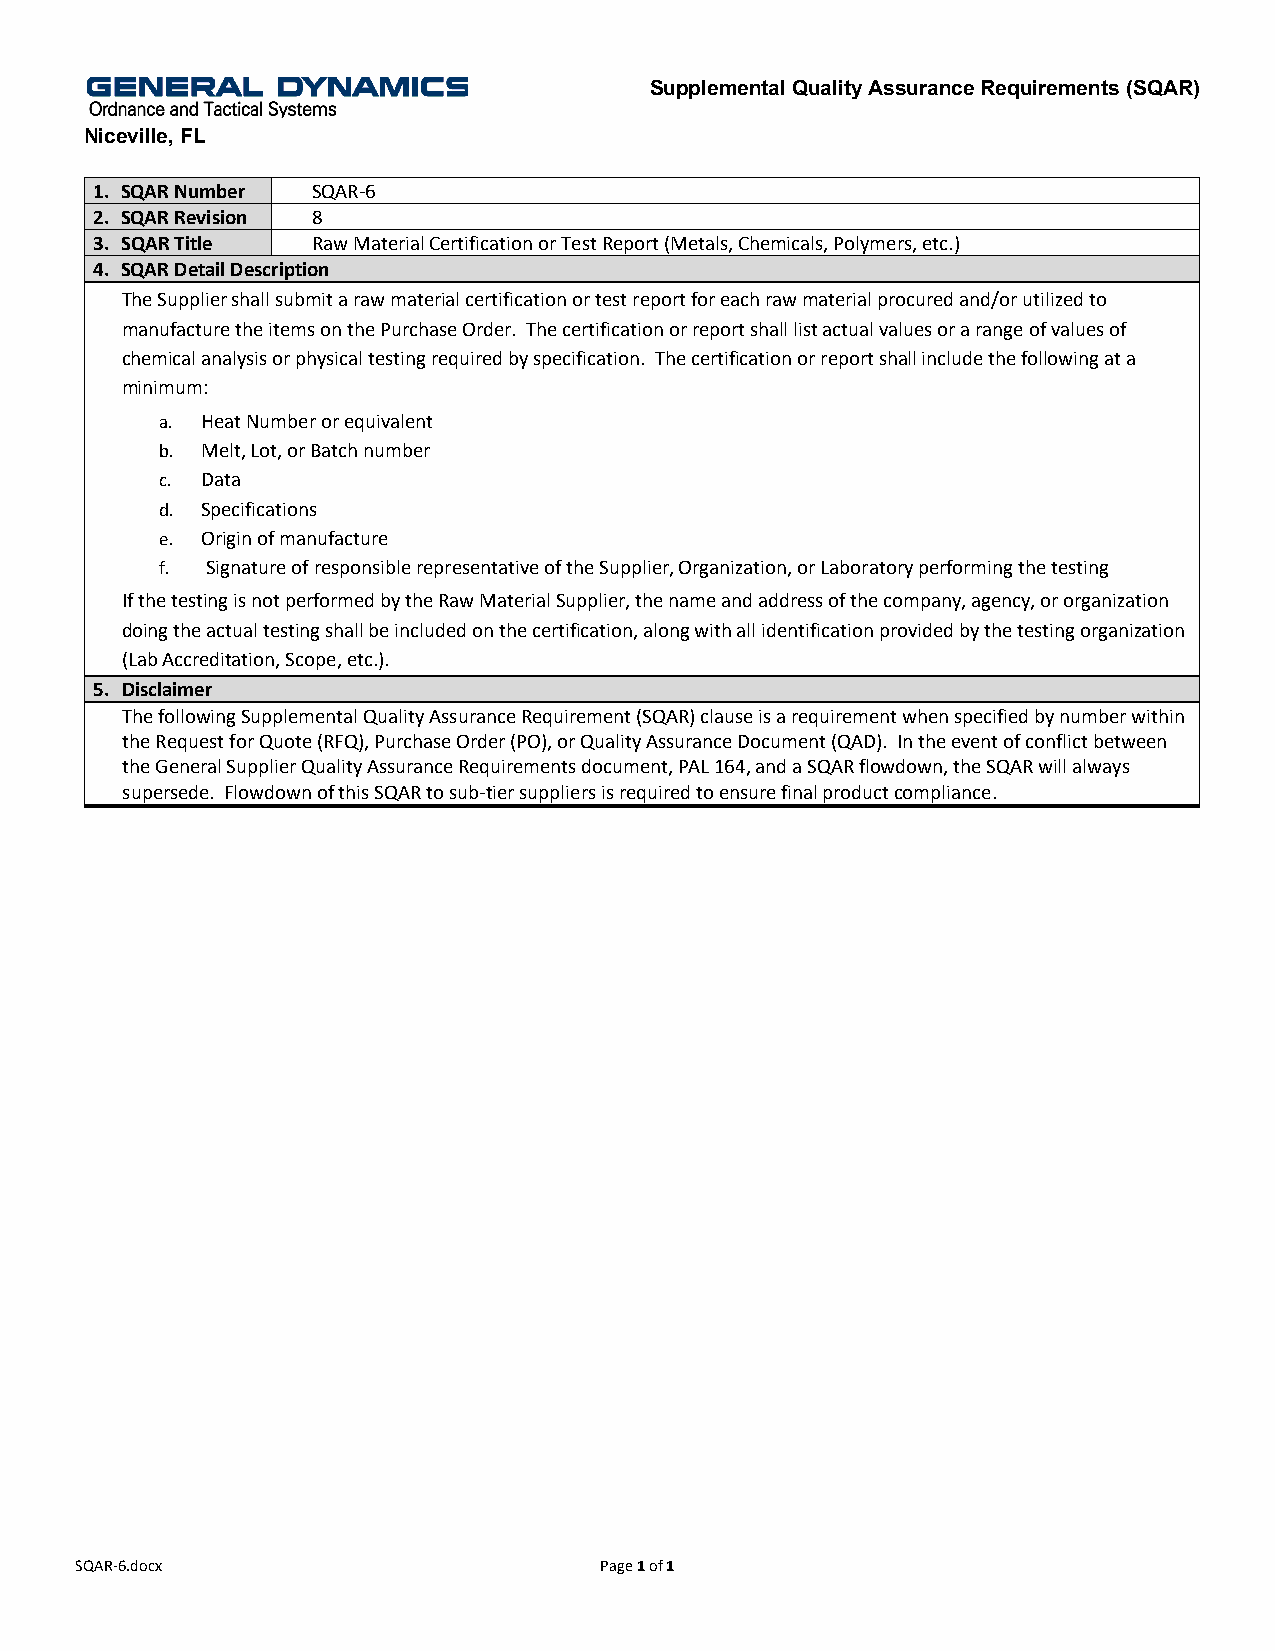
Supplemental Quality Assurance Requirements (SQAR)
 Niceville, FL
 1. SQAR Number SQAR-6
 2. SQAR Revision 8
 3. SQAR Title  Raw Material Certification or Test Report (Metals, Chemicals, Polymers, etc.)
 4. SQAR Detail Description
 The Supplier shall submit a raw material certification or test report for each raw material procured and/or utilized to
 manufacture the items on the Purchase Order. The certification or report shall list actual values or a range of values of
 chemical analysis or physical testing required by specification. The certification or report shall include the following at a
 minimum:
 a. Heat Number or equivalent
 b. Melt, Lot, or Batch number
 c. Data
 d. Specifications
 e. Origin of manufacture
 f. Signature of responsible representative of the Supplier, Organization, or Laboratory performing the testing
 If the testing is not performed by the Raw Material Supplier, the name and address of the company, agency, or organization
 doing the actual testing shall be included on the certification, along with all identification provided by the testing organization
 (Lab Accreditation, Scope, etc.).
 5. Disclaimer
 The following Supplemental Quality Assurance Requirement (SQAR) clause is a requirement when specified by number within
 the Request for Quote (RFQ), Purchase Order (PO), or Quality Assurance Document (QAD). In the event of conflict between
 the General Supplier Quality Assurance Requirements document, PAL 164, and a SQAR flowdown, the SQAR will always
 supersede. Flowdown of this SQAR to sub-tier suppliers is required to ensure final product compliance.
 SQAR-6.docx                        Page 1 of 1